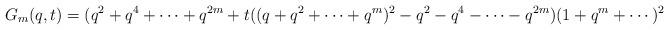
LaTeX: \begin{align*}G_m (q,t) & = (q^2+q^4+\cdots+q^{2m}+t((q+q^2+\cdots+q^m)^2-q^2-q^4-\cdots-q^{2m})(1+q^m+\cdots)^2 \\\end{align*}